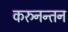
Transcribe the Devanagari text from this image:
करुनन्तन